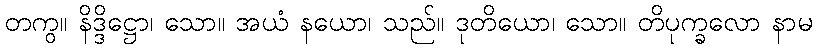
တကွ။ နိဒ္ဒိဋ္ဌော၊ သော။ အယံ နယော၊ သည်။ ဒုတိယော၊ သော။ တိပုက္ခလော နာမ